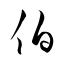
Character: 伯